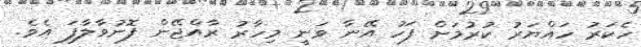
ހެކަރު ހައްޔަރު ކުރުމަށް ފަހު އޭނާ ވަނީ މިހާރު ރާއްޖޭން ފޮނުވާލާފަ އެވެ.